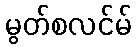
မွတ်စလင်မ်